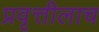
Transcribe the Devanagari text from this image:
प्रवृत्तीलाच